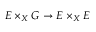
E \times _ { X } G \rightarrow E \times _ { X } E